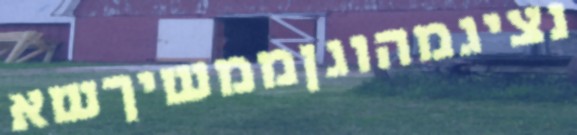
נציגמהוגןממשיךשא